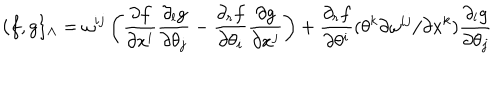
\{ f , g \} _ { \Lambda } = \omega ^ { i j } \left( \frac { \partial f } { \partial x ^ { i } } \frac { \partial _ { l } g } { \partial \theta _ { j } } - \frac { \partial _ { r } f } { \partial \theta _ { i } } \frac { \partial g } { \partial x ^ { j } } \right) + \frac { \partial _ { r } f } { \partial \theta ^ { i } } ( \theta ^ { k } { \partial \omega ^ { i j } } / { \partial x ^ { k } } ) \frac { \partial _ { l } g } { \partial \theta _ { j } }